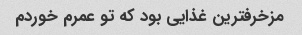
مزخرفترین غذایی بود که تو عمرم خوردم